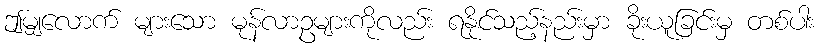
ဤမျှလောက် များသော မုန်လာဥများကိုလည်း ရနိုင်သည့်နည်းမှာ ခိုးယူခြင်းမှ တစ်ပါး